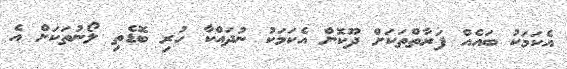
އެކަމަކު ބައެއް ފަރާތްތަކަށް ދޫކޮށް އެކަމަކު ނުދައްކާ ހުރި ބޮޑެތި ލޯނުތަކަށް އެ